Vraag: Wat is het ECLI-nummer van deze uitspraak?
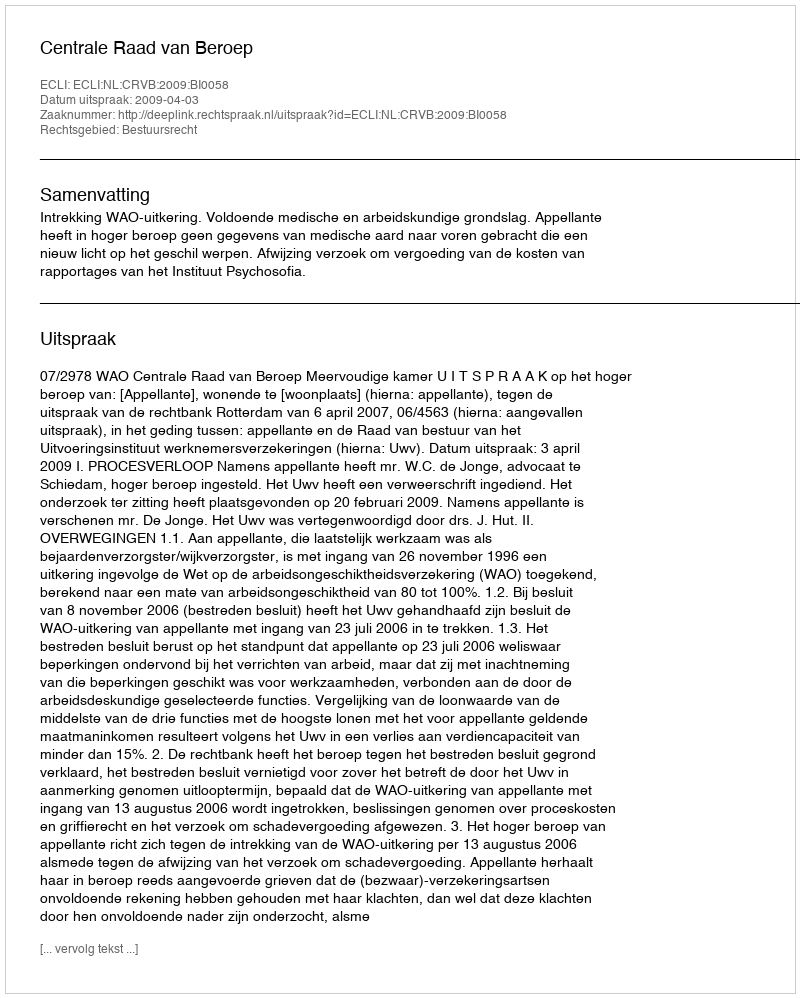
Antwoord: ECLI:NL:CRVB:2009:BI0058